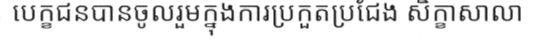
បេក្ខជនបានចូលរួមក្នុងការប្រកួតប្រជែង សិក្ខាសាលា